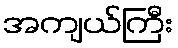
အကျယ်ကြီး